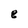
Character: e